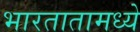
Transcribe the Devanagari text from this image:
भारतातामध्ये